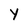
Character: y